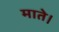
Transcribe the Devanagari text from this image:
माते।